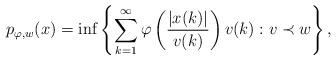
LaTeX: \begin{align*} p_{\varphi, w}(x) = \inf \left\{\sum_{k=1}^{\infty} \varphi\left(\frac{|x(k)|}{v(k)}\right) v(k) : v \prec w \right\}, \end{align*}